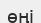
өңі